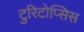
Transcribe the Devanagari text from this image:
टुरिटोप्सिस